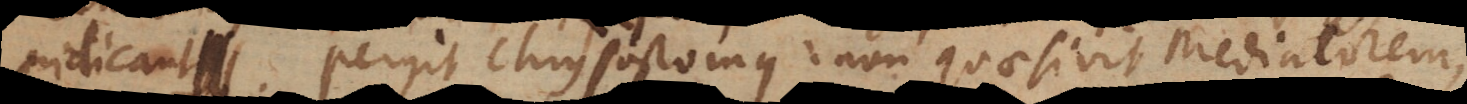
indicant. Pergit Chrysostomus: non quaesivit mediatorem,